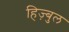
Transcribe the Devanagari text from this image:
हिज़्बुल